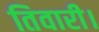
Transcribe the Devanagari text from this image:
तिवारी।